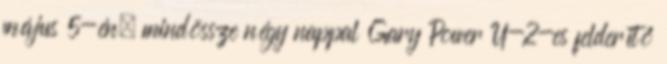
május 5-én, mindössze négy nappal Gary Power U-2-es felderítő